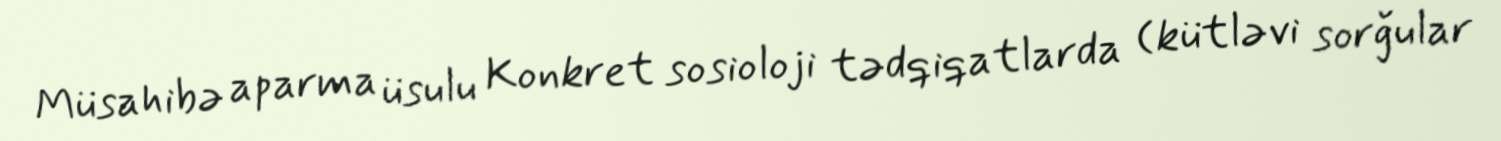
Müsahibə aparma üsulu Konkret sosioloji tədqiqatlarda (kütləvi sorğular